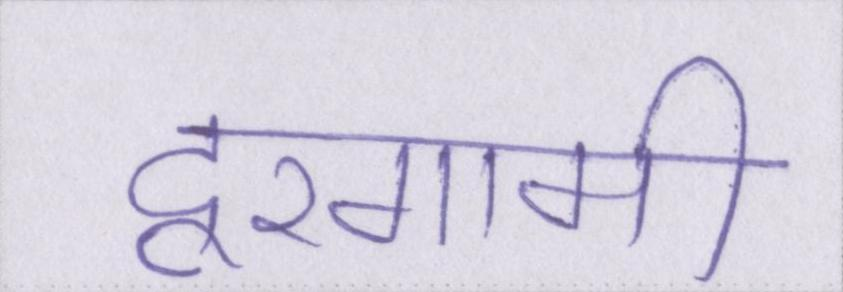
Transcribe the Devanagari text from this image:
दूरगामी